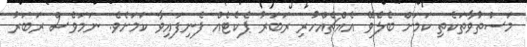
މަސްތުވާތަކެތި ކަމަށް ބެލެވޭ އެއްޗެއްހުރި ރަބަރު ޕެކެޓެއް ފެނިފައިވާ ކަމަށެވެ. ނަމަވެސް ރަބަރު